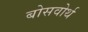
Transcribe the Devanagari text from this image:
बोसवोर्थ